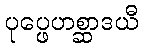
ပုပ္ဖေဟစ္ဆာဒယီ